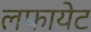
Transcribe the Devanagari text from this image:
लफायेट